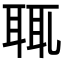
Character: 𦕿